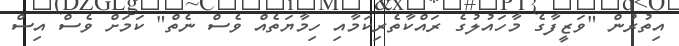
އިތުރުން "ވަޒީފާގެ މާހައުލުގެ ރައްކާތެރިކަމާއި ހިމާޔަތެއް ވެސް ނެތް" ކަމަށް ވެސް އިސް